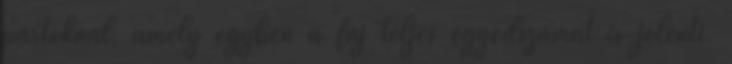
partoknál, amely egyben a faj teljes egyedszámát is jelenti.